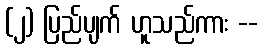
(၂) ပြည်ပျက် ဟူသည်ကား --